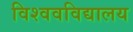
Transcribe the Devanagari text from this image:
विश्‍ववविद्यालय